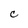
Character: C